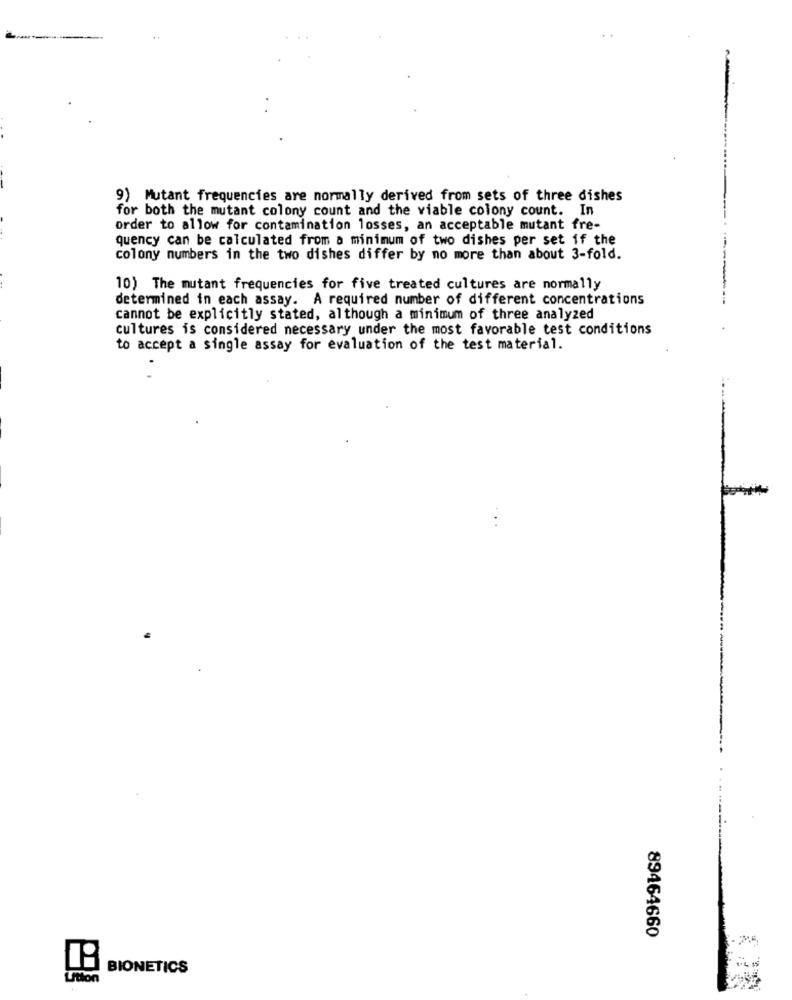
9) Mutant frequencies are normally derived from sets of three dishes
for both the mutant colony count and the viable colony count. In
order to allow for contamination losses, an acceptable mutant fre-
quency can be calculated from a minimum of two dishes per set if the
colony numbers in the two dishes differ by no more than about 3-fold.
10) The mutant frequencies for five treated cultures are normally
determined in each assay. A required number of different concentrations
cannot be explicitly stated, although a minimum of three analyzed
cultures is considered necessary under the most favorable test conditions
to accept a single assay for evaluation of the test material.
89464660
BIONETICS
Ution